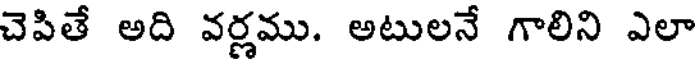
చెపితే అది వర్ణము. అటులనే గాలిని ఎలా